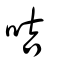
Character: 咭